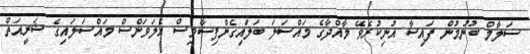
ސަލާމް ބުނުމުން ފައިސާ އުނިކުރެވޭ މާއްދާގެ މައްސަލަ ބަލައިގެންފިސާވިސް އެލަވަންސް މައްސަލައިގެ ޝަރީއަތް